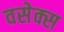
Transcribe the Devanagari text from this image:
वसेक्स